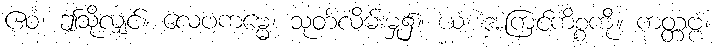
ဧဝံ၊ ဤသို့လျှင်။ လေပကမ္မေ၊ သုတ်လိမ်းမှု၌။ ယံ၊ အကြင်ကိစ္စကို။ ကတ္တဗ္ဗံ၊